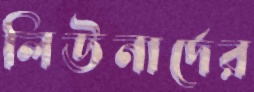
লিউনার্দের